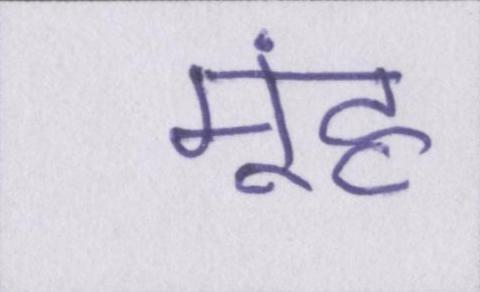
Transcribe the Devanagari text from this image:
मूंह